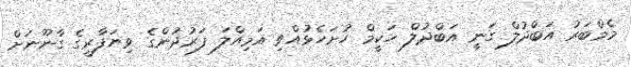
މެމްބަރު އަބްދުލް ގަނީ އަބްދުލް ހަކީމް ހުށަހެޅުއްވި އަމިއްލަ ފަރުދުންގެ ވިޔަފާރީގެ ގާނޫނަށް